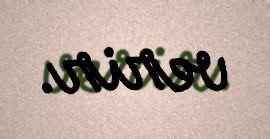
verir.